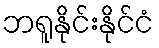
ဘရူနိုင်းနိုင်ငံ